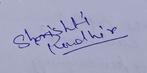
Signature authenticity: genuine